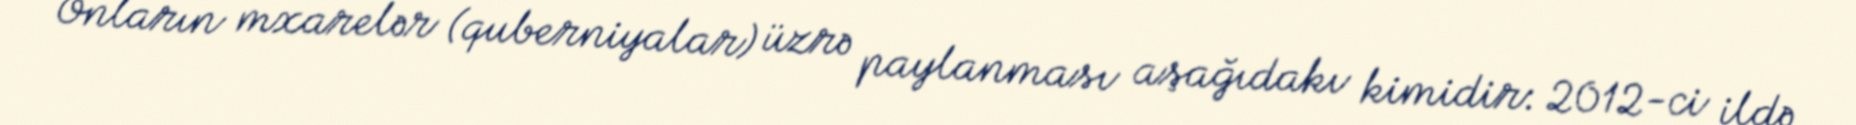
Onların mxarelər (quberniyalar) üzrə paylanması aşağıdakı kimidir: 2012-ci ildə